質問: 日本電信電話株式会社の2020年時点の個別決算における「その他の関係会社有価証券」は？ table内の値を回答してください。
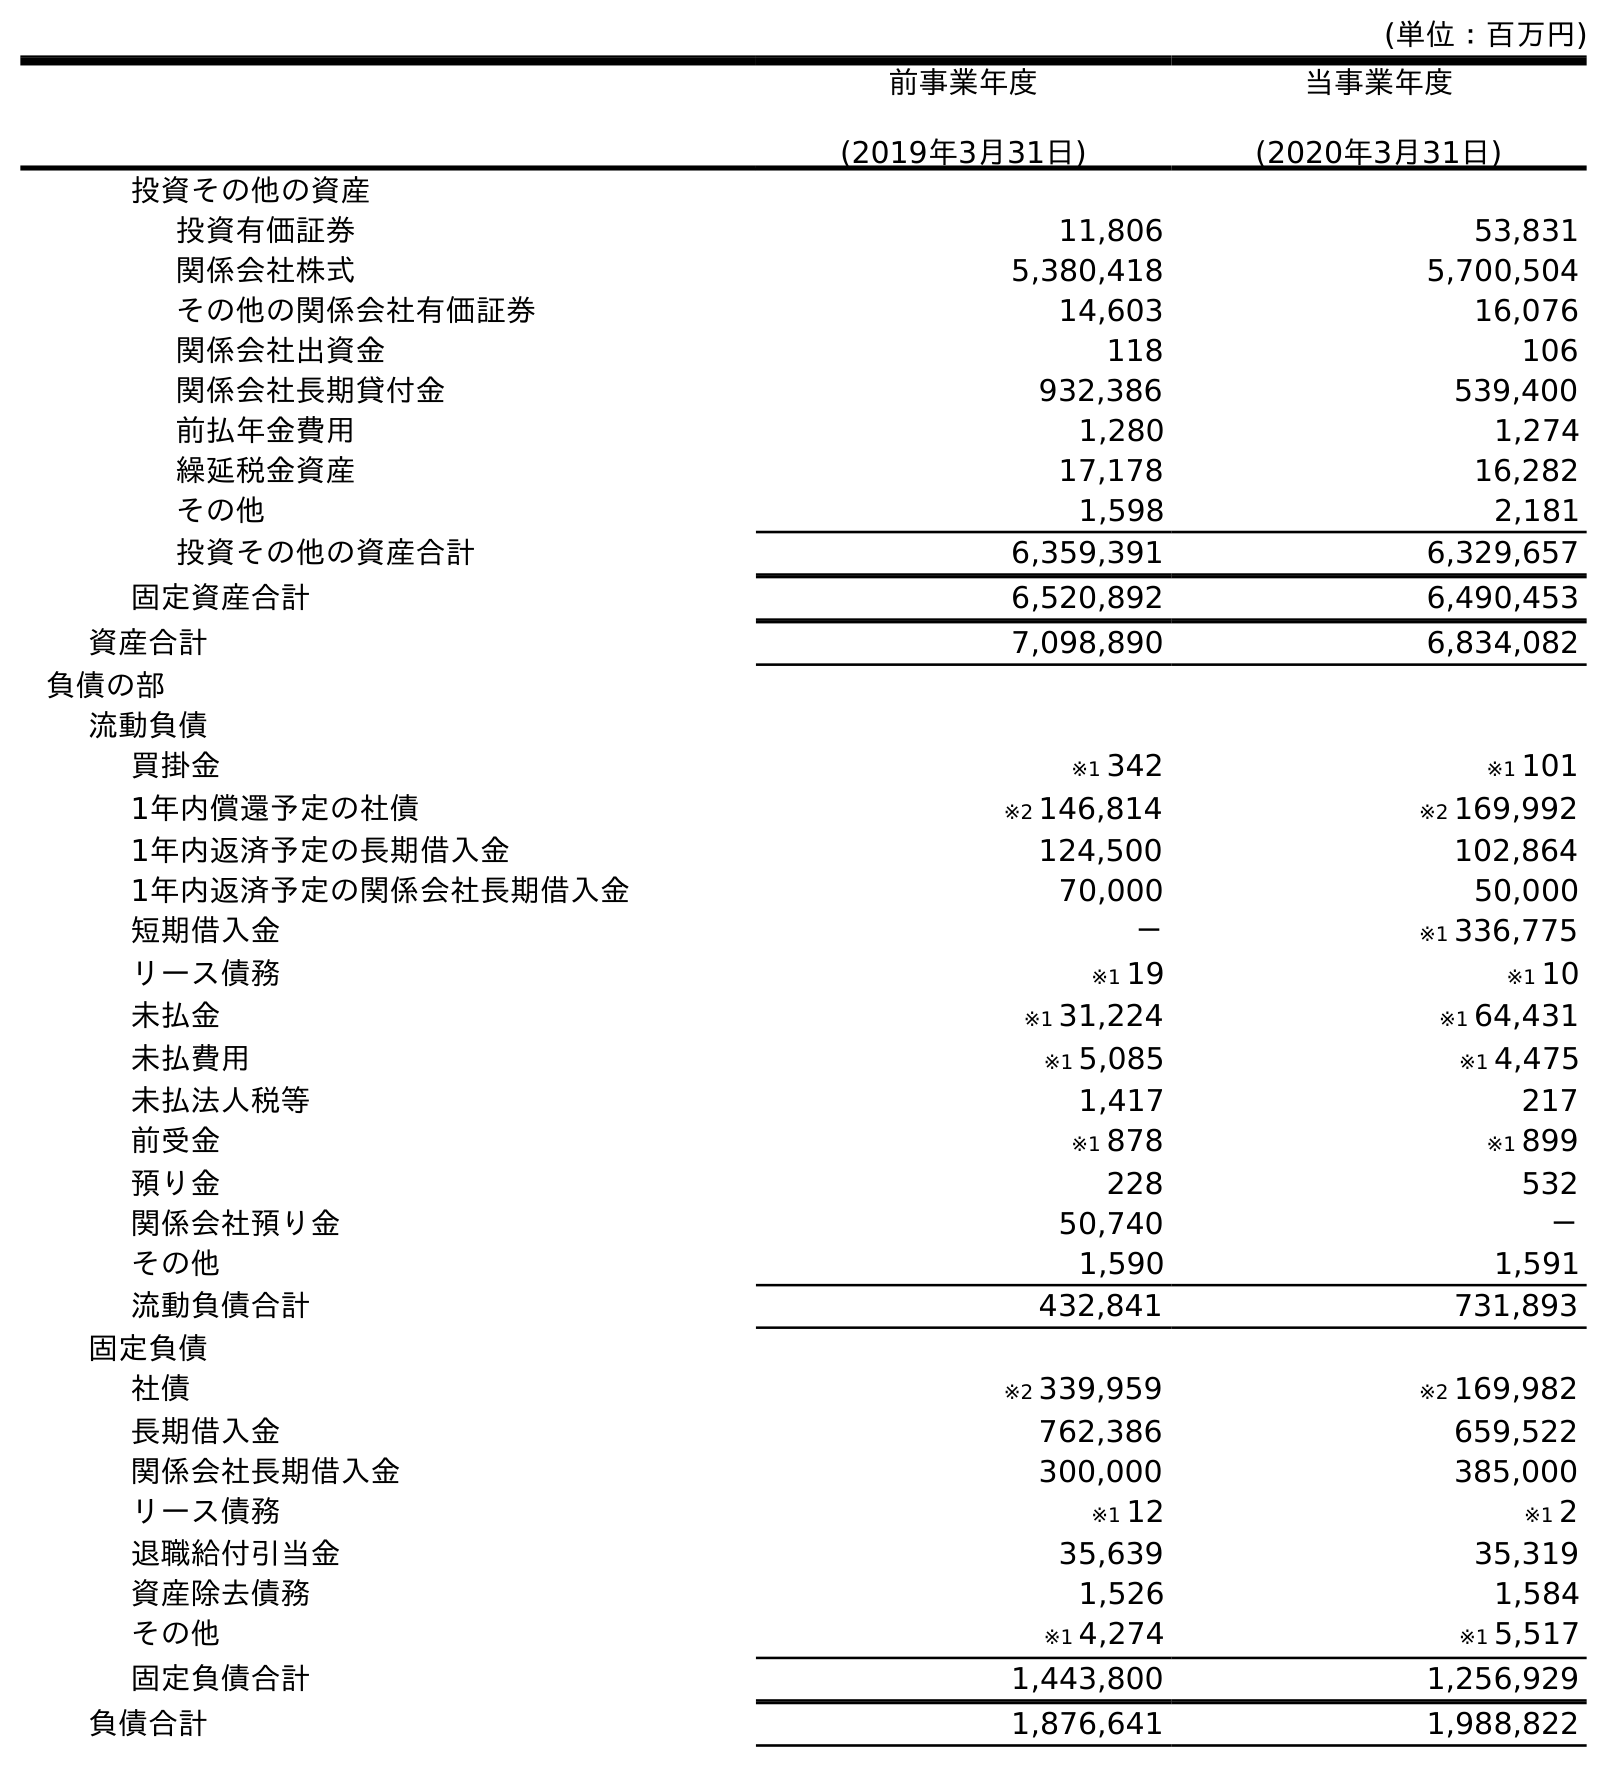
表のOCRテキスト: (単位：百万円) 前事業年度 (2019年3月31日) 当事業年度 (2020年3月31日) 投資その他の資産 投資有価証券 11,806 53,831 関係会社株式 5,380,418 5,700,504 その他の関係会社有価証券 14,603 16,076 関係会社出資金 118 106 関係会社長期貸付金 932,386 539,400 前払年金費用 1,280 1,274 繰延税金資産 17,178 16,282 その他 1,598 2,181 投資その他の資産合計 6,359,391 6,329,657 固定資産合計 6,520,892 6,490,453 資産合計 7,098,890 6,834,082 負債の部 流動負債 買掛金 ※1 342 ※1 101 1年内償還予定の社債 ※2 146,814 ※2 169,992 1年内返済予定の長期借入金 124,500 102,864 1年内返済予定の関係会社長期借入金 70,000 50,000 短期借入金 － ※1 336,775 リース債務 ※1 19 ※1 10 未払金 ※1 31,224 ※1 64,431 未払費用 ※1 5,085 ※1 4,475 未払法人税等 1,417 217 前受金 ※1 878 ※1 899 預り金 228 532 関係会社預り金 50,740 － その他 1,590 1,591 流動負債合計 432,841 731,893 固定負債 社債 ※2 339,959 ※2 169,982 長期借入金 762,386 659,522 関係会社長期借入金 300,000 385,000 リース債務 ※1 12 ※1 2 退職給付引当金 35,639 35,319 資産除去債務 1,526 1,584 その他 ※1 4,274 ※1 5,517 固定負債合計 1,443,800 1,256,929 負債合計 1,876,641 1,988,822
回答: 16,076